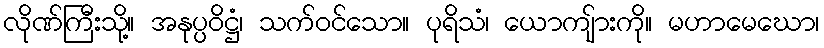
လိုဏ်ကြီးသို့။ အနုပ္ပဝိဋ္ဌံ၊ သက်ဝင်သော။ ပုရိသံ၊ ယောကျ်ားကို။ မဟာမေဃော၊